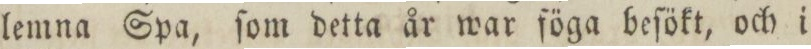
lemna Spa, ſom detta år war föga beſökt, och i